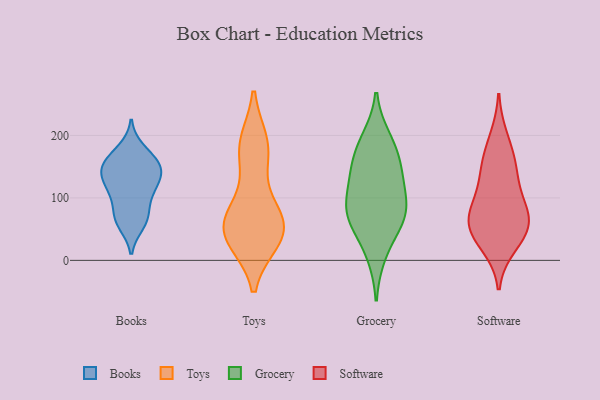
{"axis": {"x": "Churn Rate (%)", "y": "Value"}, "legend": ["Books", "Grocery", "Software", "Toys"], "data": [{"x": "", "y": 178, "type": "Books"}, {"x": "", "y": 155, "type": "Books"}, {"x": "", "y": 126, "type": "Books"}, {"x": "", "y": 107, "type": "Books"}, {"x": "", "y": 63, "type": "Books"}, {"x": "", "y": 74, "type": "Books"}, {"x": "", "y": 105, "type": "Books"}, {"x": "", "y": 155, "type": "Books"}, {"x": "", "y": 114, "type": "Books"}, {"x": "", "y": 145, "type": "Books"}, {"x": "", "y": 144, "type": "Books"}, {"x": "", "y": 68, "type": "Books"}, {"x": "", "y": 147, "type": "Books"}, {"x": "", "y": 169, "type": "Books"}, {"x": "", "y": 58, "type": "Books"}, {"x": "", "y": 132, "type": "Books"}, {"x": "", "y": 71, "type": "Toys"}, {"x": "", "y": 38, "type": "Toys"}, {"x": "", "y": 45, "type": "Toys"}, {"x": "", "y": 85, "type": "Toys"}, {"x": "", "y": 175, "type": "Toys"}, {"x": "", "y": 46, "type": "Toys"}, {"x": "", "y": 34, "type": "Toys"}, {"x": "", "y": 55, "type": "Toys"}, {"x": "", "y": 179, "type": "Toys"}, {"x": "", "y": 186, "type": "Toys"}, {"x": "", "y": 70, "type": "Grocery"}, {"x": "", "y": 129, "type": "Grocery"}, {"x": "", "y": 181, "type": "Grocery"}, {"x": "", "y": 10, "type": "Grocery"}, {"x": "", "y": 60, "type": "Grocery"}, {"x": "", "y": 67, "type": "Grocery"}, {"x": "", "y": 92, "type": "Grocery"}, {"x": "", "y": 90, "type": "Grocery"}, {"x": "", "y": 155, "type": "Grocery"}, {"x": "", "y": 194, "type": "Grocery"}, {"x": "", "y": 139, "type": "Grocery"}, {"x": "", "y": 51, "type": "Software"}, {"x": "", "y": 82, "type": "Software"}, {"x": "", "y": 57, "type": "Software"}, {"x": "", "y": 36, "type": "Software"}, {"x": "", "y": 101, "type": "Software"}, {"x": "", "y": 61, "type": "Software"}, {"x": "", "y": 24, "type": "Software"}, {"x": "", "y": 73, "type": "Software"}, {"x": "", "y": 161, "type": "Software"}, {"x": "", "y": 151, "type": "Software"}, {"x": "", "y": 196, "type": "Software"}, {"x": "", "y": 131, "type": "Software"}]}